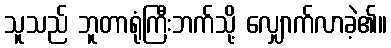
သူသည် ဘူတာရုံကြီးဘက်သို့ လျှောက်လာခဲ့၏။